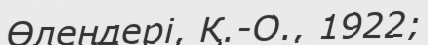
Өлеңдері, Қ.-О., 1922;